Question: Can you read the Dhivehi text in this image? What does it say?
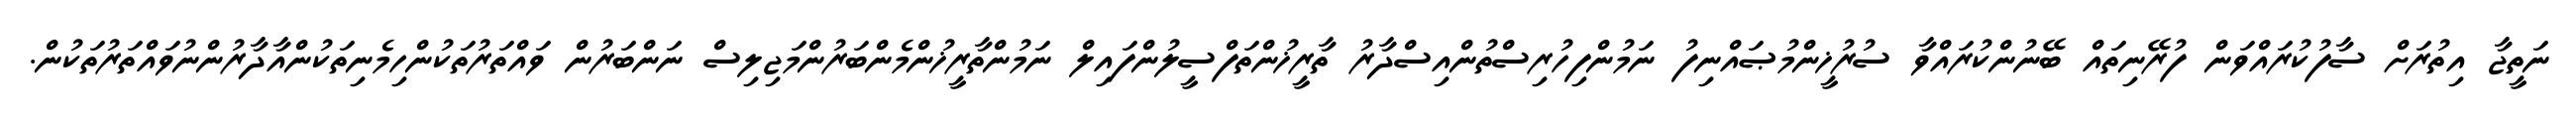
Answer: ނަތީޖާ އިތުރަށް ސާފުކުރައްވަން ފުރޭނިތައް ބޭނުންކުރައްވާ ސުރުޚީންމުޞައްނިފު ނަމުންފިހުރިސްތުންއިސްދާރު ތާރީޚުންތަފްސީލުންފައިލް ނަމުންތާރީޚުންމެންބަރުންމަޖިލިސް ނަންބަރުން ވައްތަރުތަކުންހިމެނިތަކުންއާދާރުންނުވައްތަރުތަކުން.